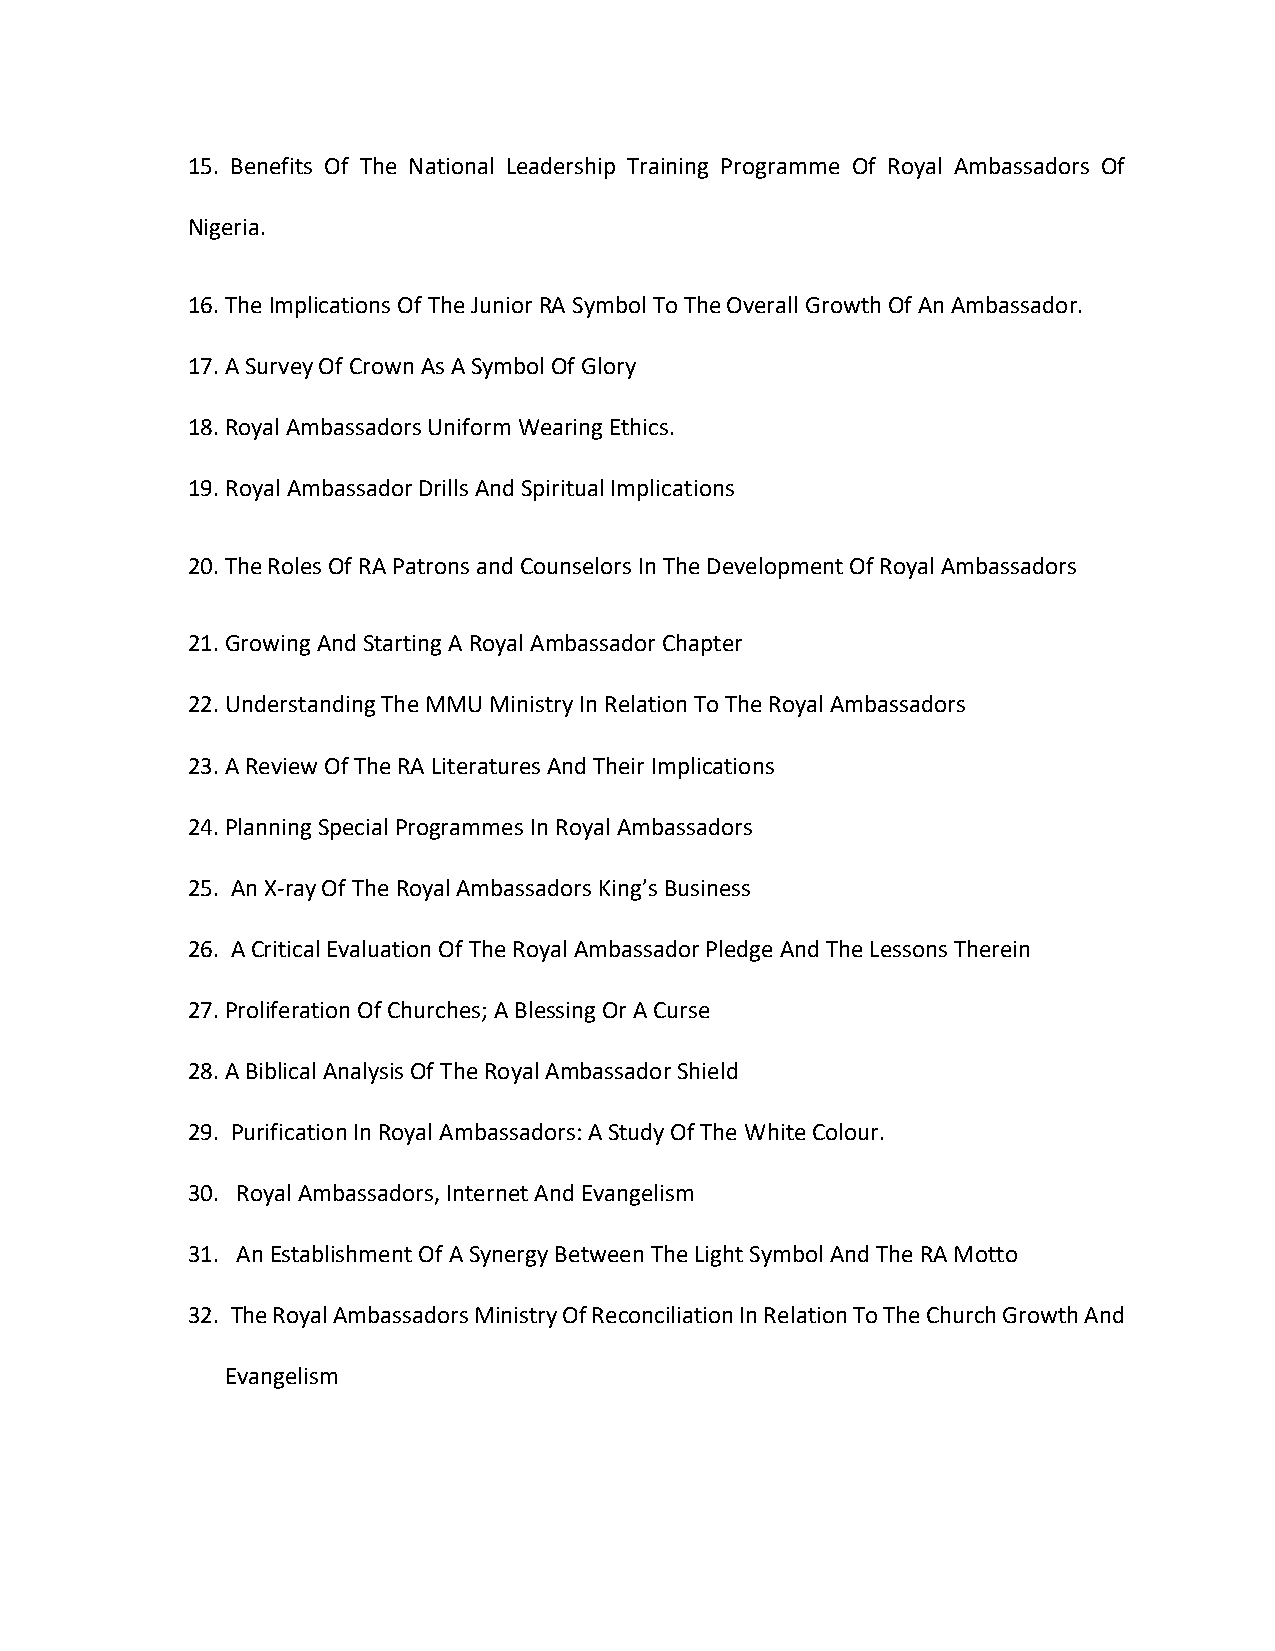
15. Benefits Of The National Leadership Training Programme Of Royal Ambassadors Of
 Nigeria.
 16. The Implications Of The Junior RA Symbol To The Overall Growth Of An Ambassador.
 17. A Survey Of Crown As A Symbol Of Glory
 18. Royal Ambassadors Uniform Wearing Ethics.
 19. Royal Ambassador Drills And Spiritual Implications
 20. The Roles Of RA Patrons and Counselors In The Development Of Royal Ambassadors
 21. Growing And Starting A Royal Ambassador Chapter
 22. Understanding The MMU Ministry In Relation To The Royal Ambassadors
 23. A Review Of The RA Literatures And Their Implications
 24. Planning Special Programmes In Royal Ambassadors
 25. An X-ray Of The Royal Ambassadors King’s Business
 26. A Critical Evaluation Of The Royal Ambassador Pledge And The Lessons Therein
 27. Proliferation Of Churches; A Blessing Or A Curse
 28. A Biblical Analysis Of The Royal Ambassador Shield
 29. Purification In Royal Ambassadors: A Study Of The White Colour.
 30. Royal Ambassadors, Internet And Evangelism
 31. An Establishment Of A Synergy Between The Light Symbol And The RA Motto
 32. The Royal Ambassadors Ministry Of Reconciliation In Relation To The Church Growth And
 Evangelism